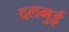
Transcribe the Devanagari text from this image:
दलमुई